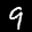
Label: 9